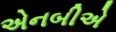
એનબીએ